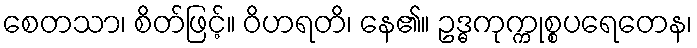
စေတသာ၊ စိတ်ဖြင့်။ ဝိဟရတိ၊ နေ၏။ ဥဒ္ဓကုက္ကုစ္စပရေတေန၊